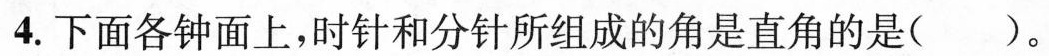
4.下面各钟面上，时针和分针所组成的角是直角的是()。